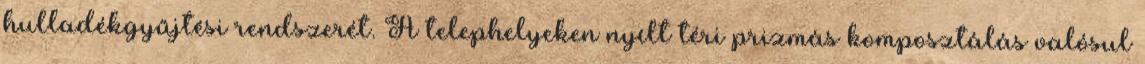
hulladékgyűjtési rendszerét. A telephelyeken nyílt téri prizmás komposztálás valósul